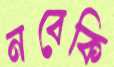
নবেকি